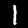
Label: 1